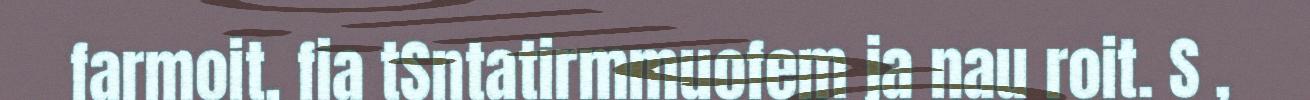
farmoit, fia tSntatirmmuofem ja nau roit. S ,